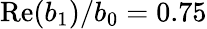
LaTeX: \mathrm{Re}(b_{1})/b_{0}=0.75